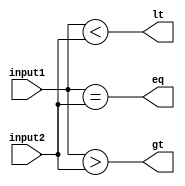
module parallel_comparator(
    input [3:0] input1,
    input [3:0] input2,
    output gt,
    output lt,
    output eq
);

assign gt = |({input1 > input2});
assign lt = |({input1 < input2});
assign eq = |({input1 == input2});

endmodule